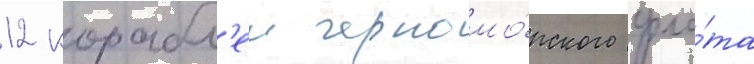
12 корабл'еи черномо́рского фло́та